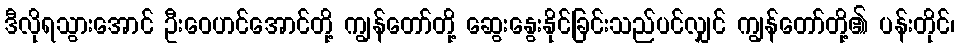
ဒီလိုရသွားအောင် ဦးဝေဟင်အောင်တို့ ကျွန်တော်တို့ ဆွေးနွေးနိုင်ခြင်းသည်ပင်လျှင် ကျွန်တော်တို့၏ ပန်းတိုင်၊